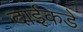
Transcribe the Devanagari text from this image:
दाईकडे